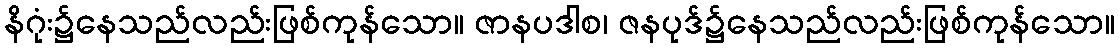
နိဂုံး၌နေသည်လည်းဖြစ်ကုန်သော။ ဇာနပဒါစ၊ ဇနပုဒ်၌နေသည်လည်းဖြစ်ကုန်သော။